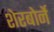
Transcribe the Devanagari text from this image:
शेरबोर्ने